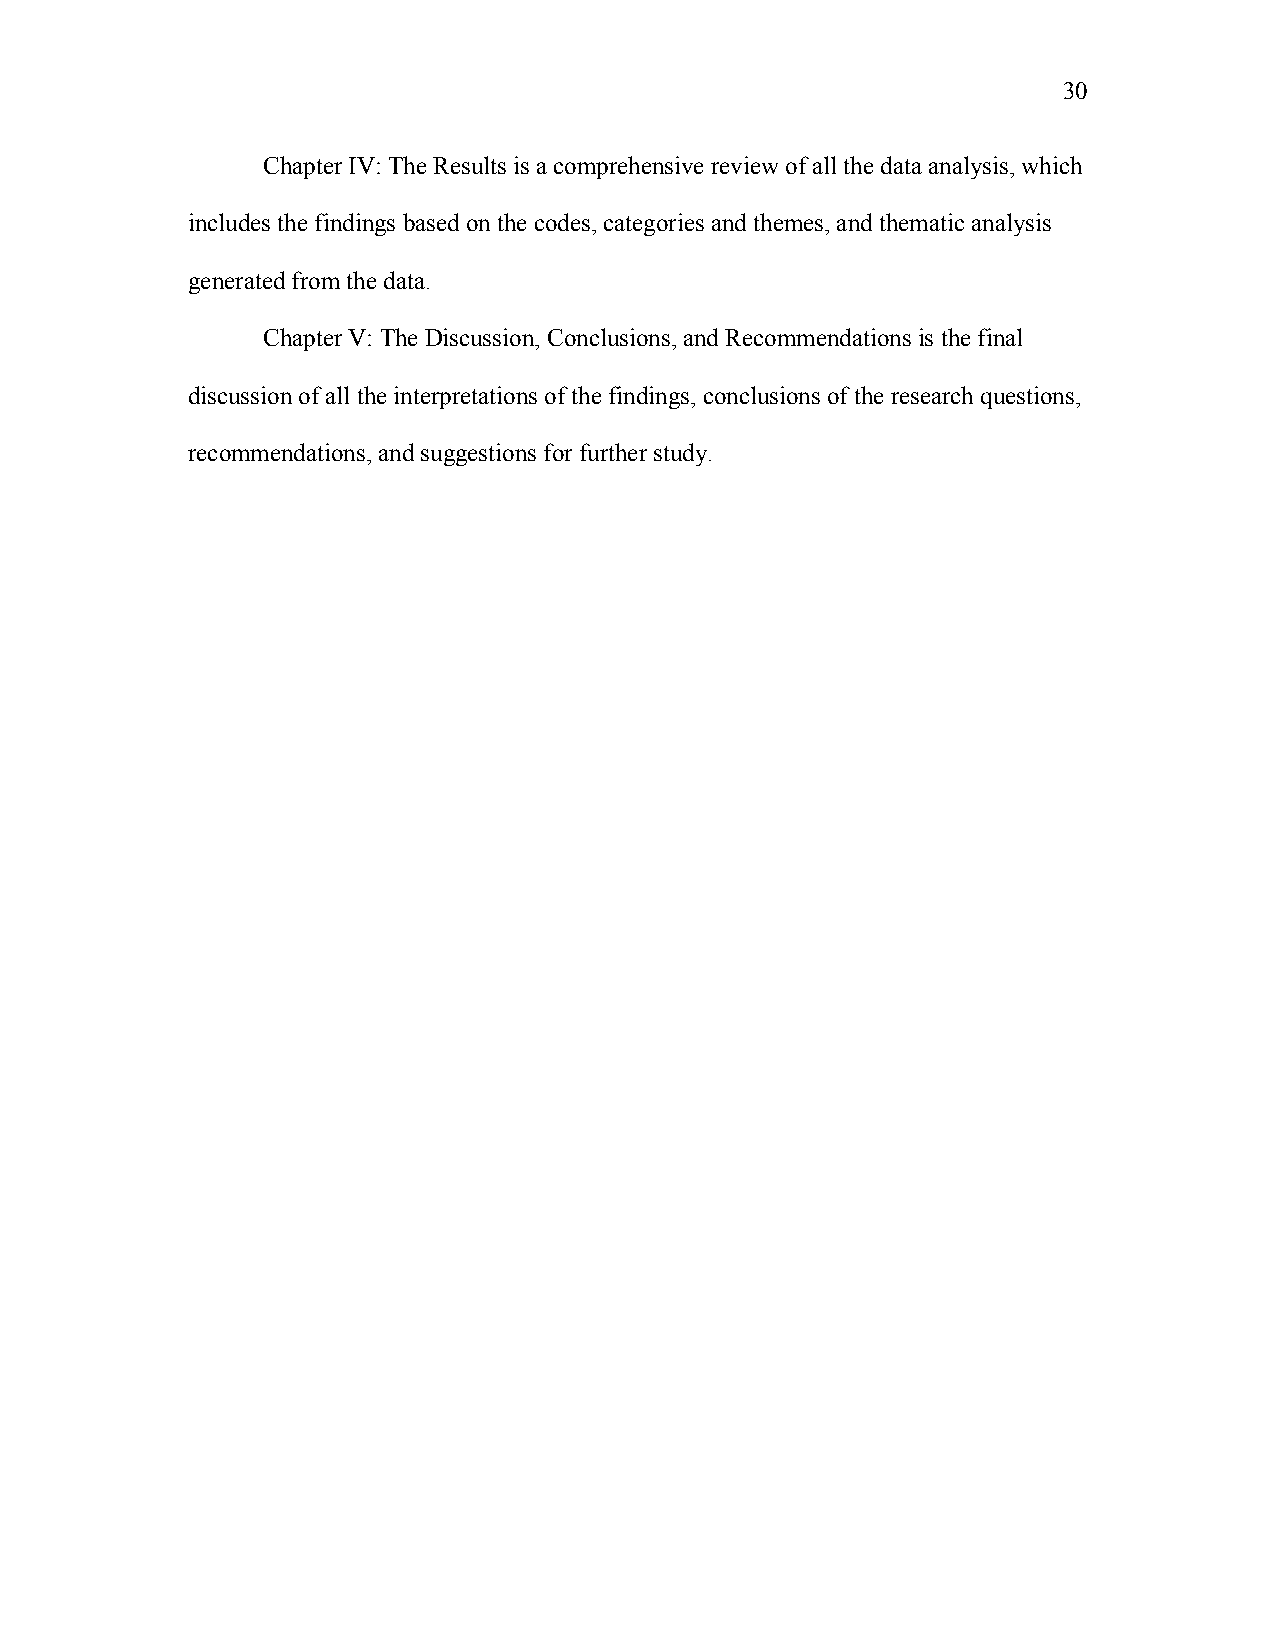
30
 Chapter IV: The Results is a comprehensive review of all the data analysis, which
 includes the findings based on the codes, categories and themes, and thematic analysis
 generated from the data.
 Chapter V: The Discussion, Conclusions, and Recommendations is the final
 discussion of all the interpretations of the findings, conclusions of the research questions,
 recommendations, and suggestions for further study.